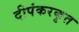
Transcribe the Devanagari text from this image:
दीपंकरकृत